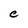
Character: C